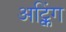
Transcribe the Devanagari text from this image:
अट्किंग